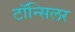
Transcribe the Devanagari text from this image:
टॉन्सिलर